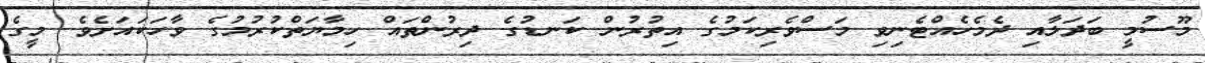
މޫސުމީ ބަދަލާއި ދެމެހެއްޓެނިވި މަސްވެރިކަމުގެ އިތުރުން ކަނޑުގެ ދިރުންތައް ހިމާޔަތްކުރުމުގެ ވާހަކައަށެވެ. މީގެ